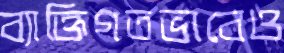
ব্যাক্তিগতভাবেও